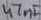
Text: 47nF